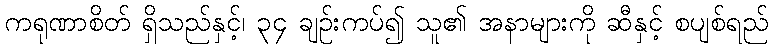
ကရုဏာစိတ် ရှိသည်နှင့်၊ ၃၄ ချဉ်းကပ်၍ သူ၏ အနာများကို ဆီနှင့် စပျစ်ရည်